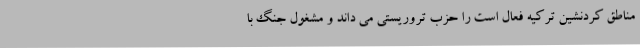
مناطق کردنشین ترکیه فعال است را حزب تروریستی می داند و مشغول جنگ با